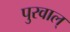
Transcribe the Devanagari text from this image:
पुरवाल्